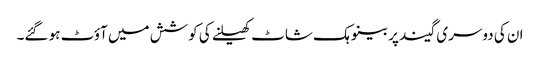
ان کی دوسری گیند پر بینو ہک شاٹ کھیلنے کی کوشش میں آؤٹ ہو گئے۔